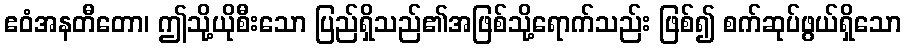
ဧဝံအနတီတော၊ ဤသို့ယိုစီးသော ပြည်ရှိသည်၏အဖြစ်သို့ရောက်သည်း ဖြစ်၍ စက်ဆုပ်ဖွယ်ရှိသော